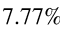
7 . 7 7 \%